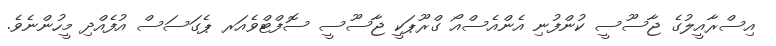
އިސްރާއީލުގެ ޖާސޫސީ ކުންފުނި އެންއެސްއޯ ގްރޫޕަކީ ޖާސޫސީ ސޮފްޓްވެއަރ ޕެގަސަސް އުފެއްދި މީހުންނެވެ.